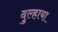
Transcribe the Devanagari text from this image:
दुल्हाया